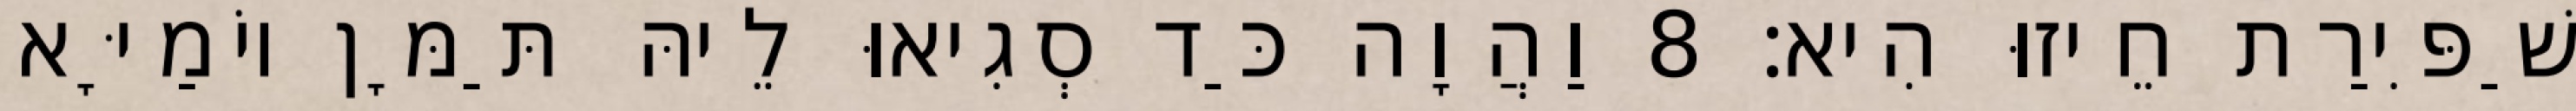
שַׁפִּירַת חֵיזוּ הִיא׃ 8 וַהֲוָה כַּד סְגִיאוּ לֵיהּ תַּמָּן יוֹמַיָּא